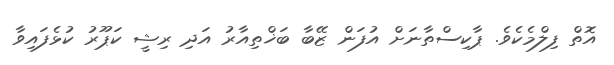
އޮތް ފިލްމެކެވެ. ޕާކިސްތާނަށް އުފަން ޒޭބާ ބަޚްތިއާރު އަދި ރިޝީ ކަޕޫރު ކުޅެފައިވާ